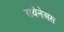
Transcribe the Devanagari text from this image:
राथेनेअस